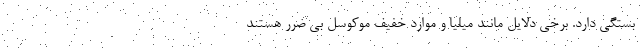
بستگی دارد. برخی دلایل مانند میلیا و موارد خفیف موکوسل بی ضرر هستند